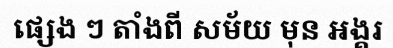
ផ្សេង ៗ តាំងពី សម័យ មុន អង្គរ